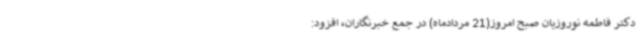
دکتر فاطمه نوروزیان صبح امروز(21 مردادماه) در جمع خبرنگاران، افزود: